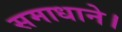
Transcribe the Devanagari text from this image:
समाधाने।